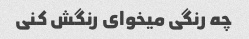
چه رنگی میخوای رنگش کنی